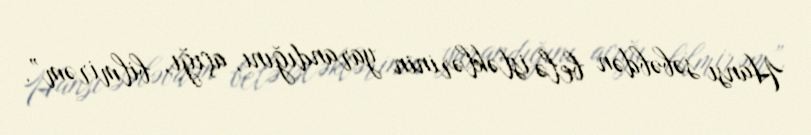
Hansı səbəbdən belə istəklərinin yarandığını, açığı, bilmirəm”.